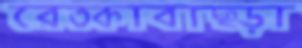
রেতকাবাছড়া